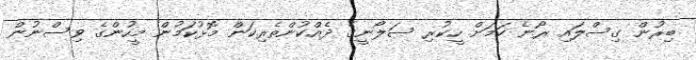
ބިރުން ގިސްލައި ރޯނެ ކަމަށް ހީކުރި ސަލޯނީގެ ދެއްކުންތެރިކަން މޮޅުކަމުން މީހުންގެ ވިސްނުން